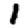
Digit: 1